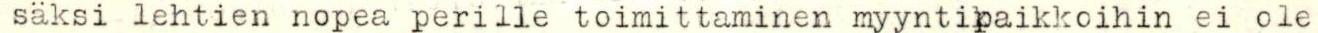
säksi lehtien nopea perille toimittaminen myyntipaikkoihin ei ole